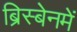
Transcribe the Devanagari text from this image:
ब्रिस्बेनमें